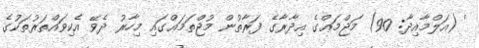
' (އަލްމާއިދާ: 90) މަޖްމަޢްގެ އިދާރާގެ ފަރާތުން މުޖްތަމަޢްގައި މިހާރު ދެވޭ އެކިވައްތަރުތަކުގެ